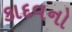
કાદવનો